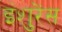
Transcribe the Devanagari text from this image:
इंशुरेंस